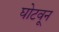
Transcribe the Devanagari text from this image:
घोटवून